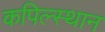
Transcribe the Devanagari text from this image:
कपिल्स्थान